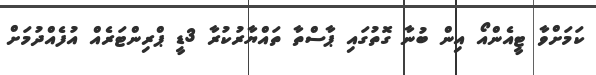
ކަމަށްވާ ޓީއެންއޯ އިން ބުނާ ގޮތުގައި ޕާސްތާ ތައްޔާރުކުރާ 3ޑީ ޕްރިންޓަރެއް އުފެއްދުމަށް